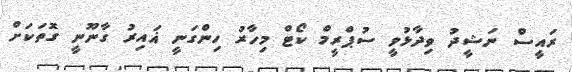
ރައީސް ނަޝީދު ވިދާޅުވީ ސުޕްރީމް ކޯޓް މިހާރު ހިންގަނީ ޣައިރު ގާނޫނީ ގޮތަކަށް